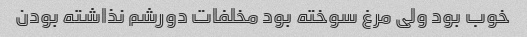
خوب بود ولی مرغ سوخته بود مخلفات دورشم نذاشته بودن